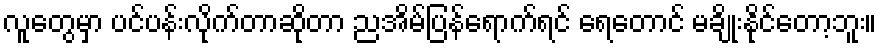
လူတွေမှာ ပင်ပန်းလိုက်တာဆိုတာ ညအိမ်ပြန်ရောက်ရင် ရေတောင် မချိုးနိုင်တော့ဘူး။